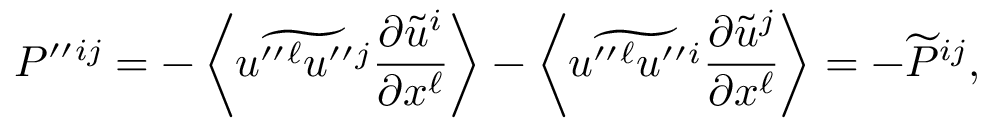
{ \cal { P } } ^ { \prime \prime } { } ^ { i j } = - \left\langle { \widetilde { u ^ { \prime \prime } { } ^ { \ell } u ^ { \prime \prime } { } ^ { j } } \frac { \partial \widetilde { u } ^ { i } } { \partial x ^ { \ell } } } \right\rangle - \left\langle { \widetilde { u ^ { \prime \prime } { } ^ { \ell } u ^ { \prime \prime } { } ^ { i } } \frac { \partial \widetilde { u } ^ { j } } { \partial x ^ { \ell } } } \right\rangle = - \widetilde { \cal { P } } ^ { i j } ,